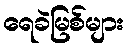
ရေခဲမြစ်များ